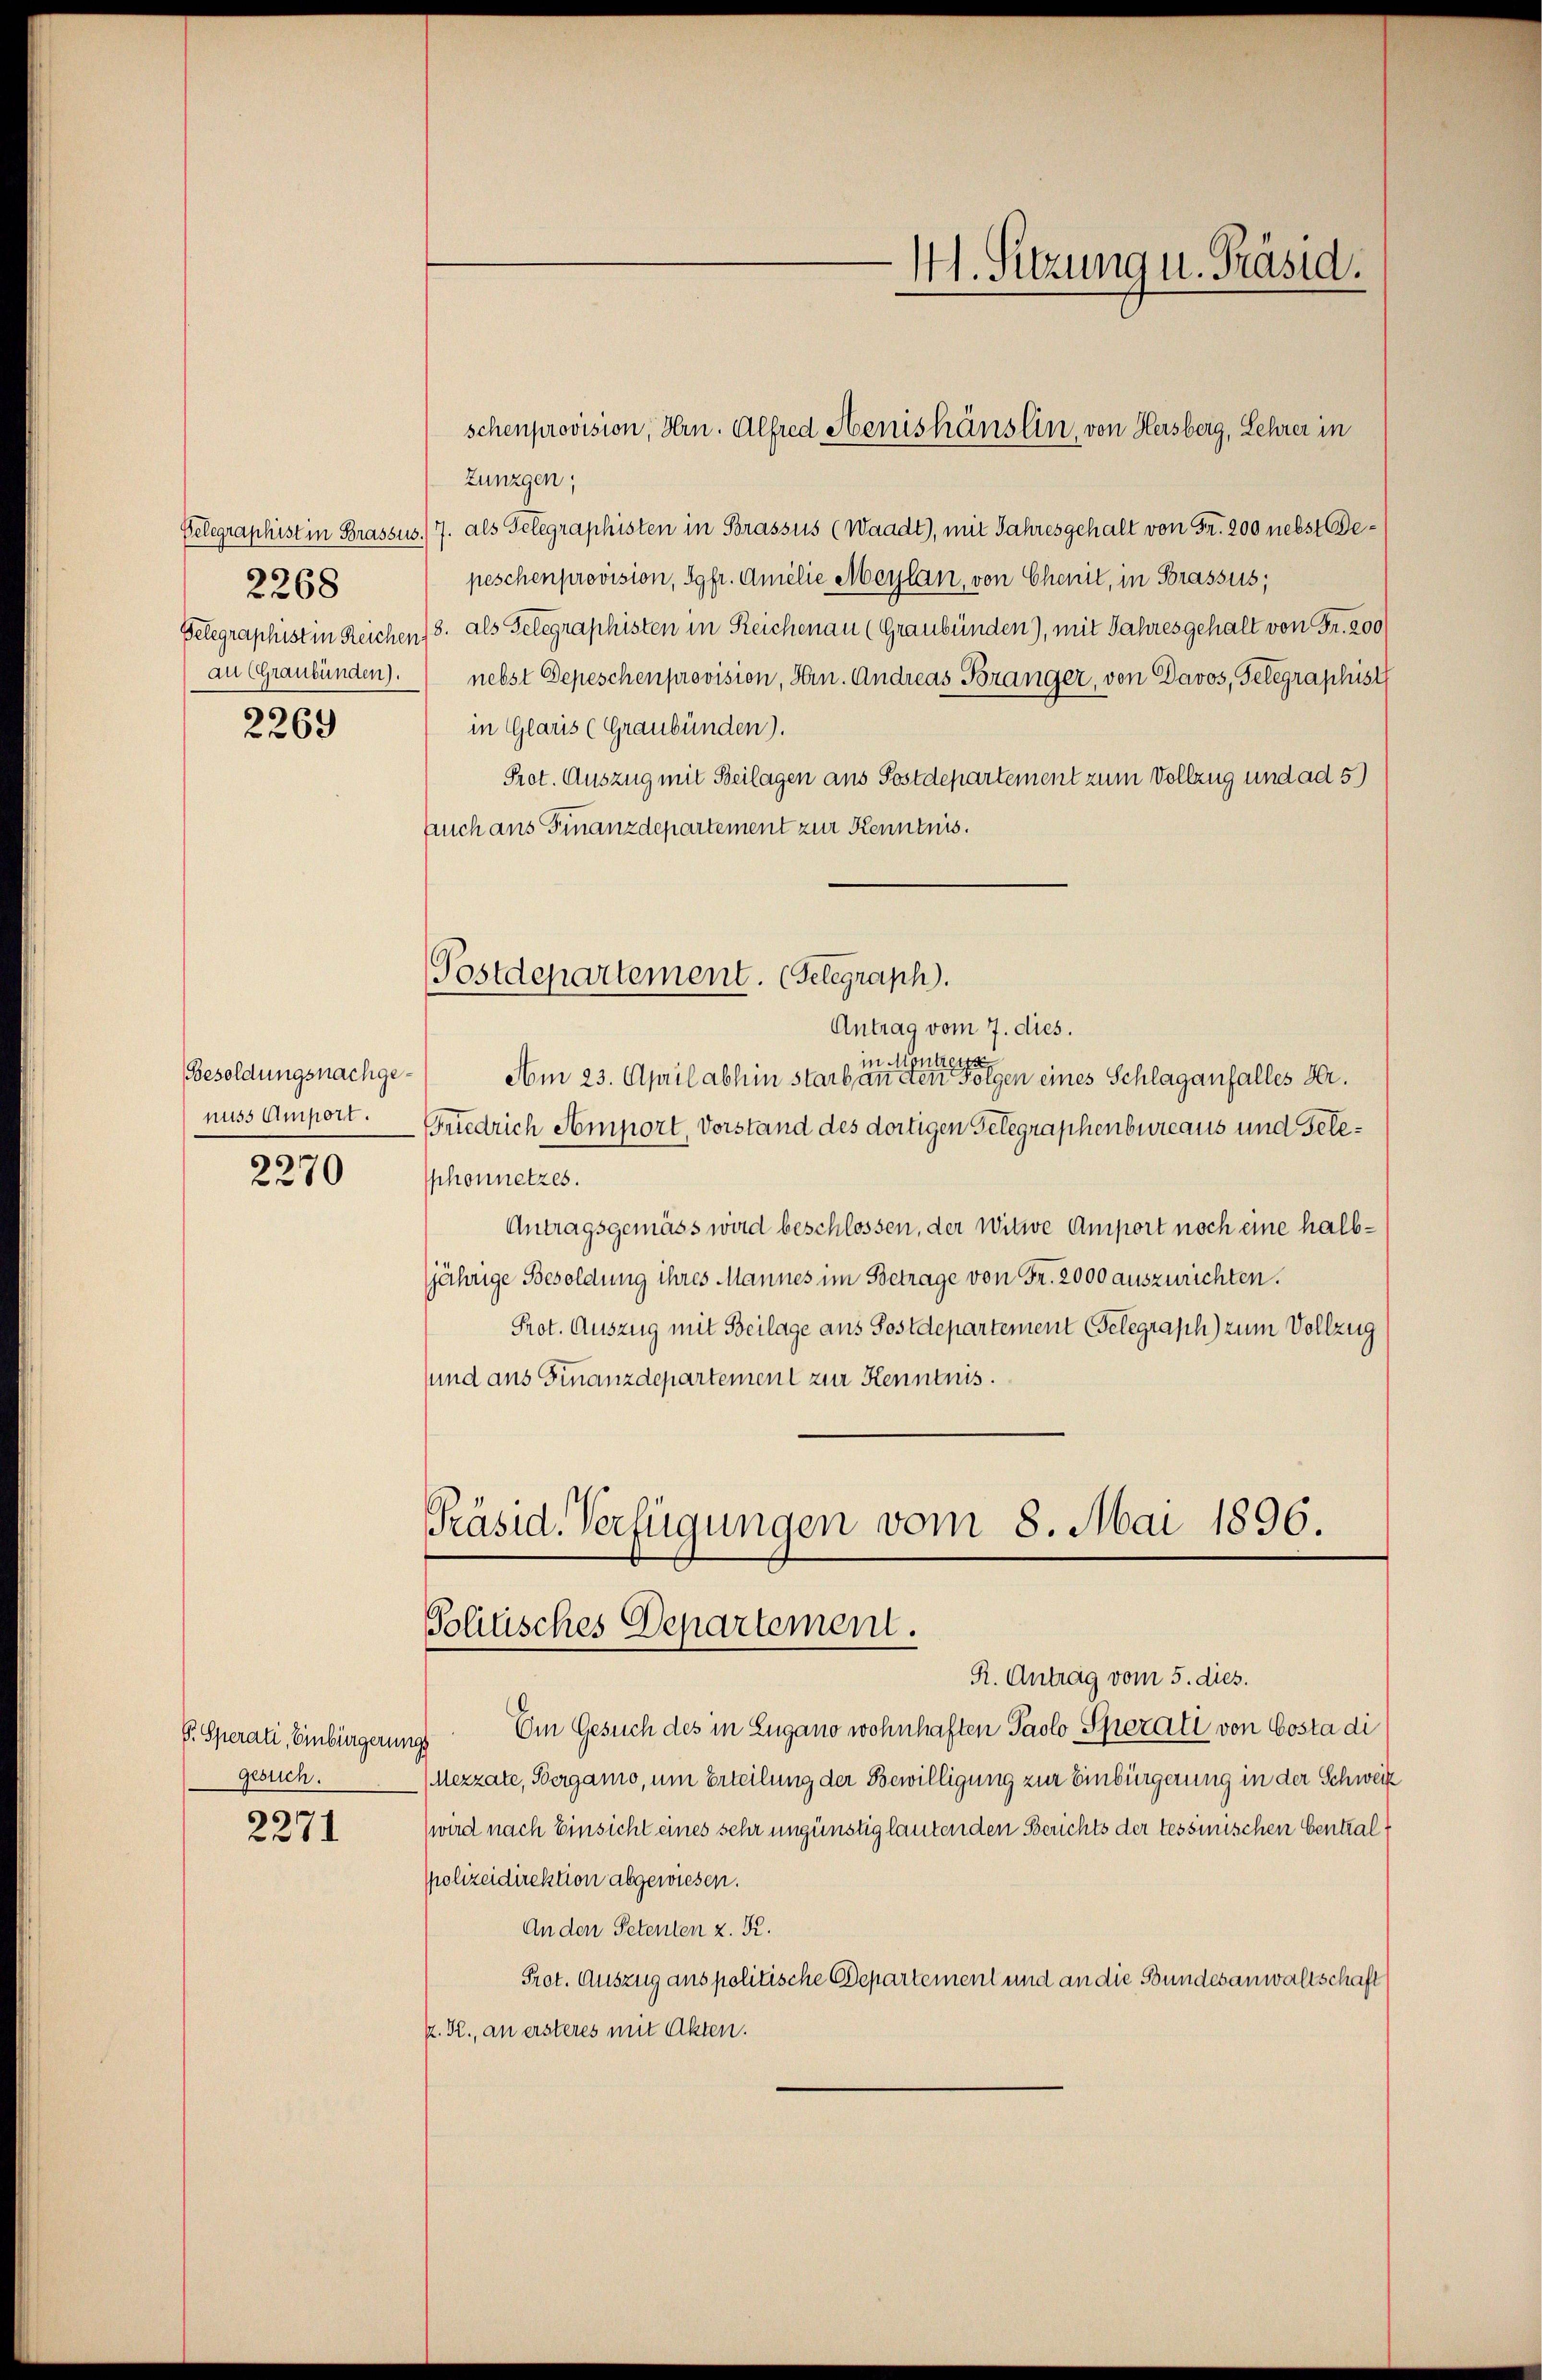
2268
au (Graubünden).

2269

Besoldungsnachgenuss Amport.

2270

gesuch.
¬

2271

Zunzgen,
Telegraphist in Brassus. 7. als Telegraphisten in Brassus (Waadt), mit Jahresgehalt von Fr. 200 nebst Bepeschenprovision, Sgfr. Amilie Maylan, von Chenit, in Brassus;
Gelegraphist in Reichen (8. als Gelegraphisten in Reichenau (Graubünden), mit Jahresgehalt von Fr. 200
nebst Depeschenprovision, Hrn. Andreas Bränger, von Davos, Telegraphist
in Glaris (Graubünden).
Prot. Auszug mit Beilagen aus Postdepartement zum Vollzug und ad 5)
Euch aus Finanzdepartement zur Kenntnis.
Postdepartement. (Gelegraph.
Antrag vom 7. dies.
Contr
Aom 23. April abhin starb an eine eine eine einer Folgen eines Schlaganfalles Hr.
Friedrich Amport, Vorstand des dortigen Gelegraphenbureaus und Geleshonnetzes.
Antragsgemäss wird beschlossen, der Witwe Amport noch eine halbjährige Besoldung ihres Mannes im Betrage von Fr. 2000 auszurichten.
Prot. Auszug mit Beilage aus Postdepartement Gelegraph zum Vollzug
sund aus Finanzdepartement zur Kenntnis.
Präsid. Verfügungen vom 8. Mai 1896.

M. Sitzung u. Präsid.

schenprovision, Hrn. Alfred Henishänslin, von Hersberg, Lehrer in

Politisches Departement.

R. Antrag vom 5. dies.
P. Sperati, Einbürgerung Um Gesuch des in Zugano wohnhaften Paolo Spezati von Costa di
(Mezzate, Berganio, um Erteilung der Bewilligung zur Einbürgerung in der Schweiz
wird nach Einsicht eines sehr ungünstig lautenden Berichts der tessinischen Central
spolizeidirektion abgewiesen.
An den Petenten z. K.
Prot. Auszug aus politische Departement und an die Bundesanwaltschaft
k. R., an ersteres mit Akten.